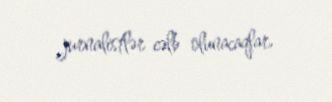
jurnalistlər cəlb olunacaqlar.